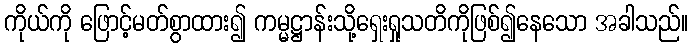
ကိုယ်ကို ဖြောင့်မတ်စွာထား၍ ကမ္မဋ္ဌာန်းသို့ရှေးရှုသတိကိုဖြစ်၍နေသော အခါသည်။